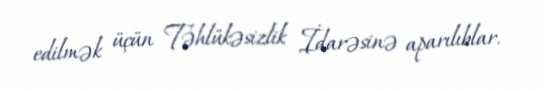
edilmək üçün Təhlükəsizlik İdarəsinə aparılıblar.